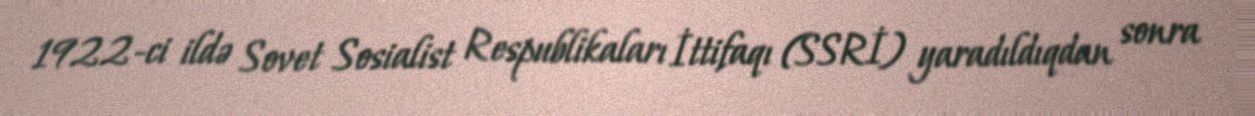
1922-ci ildə Sovet Sosialist Respublikaları İttifaqı (SSRİ) yaradıldıqdan sonra